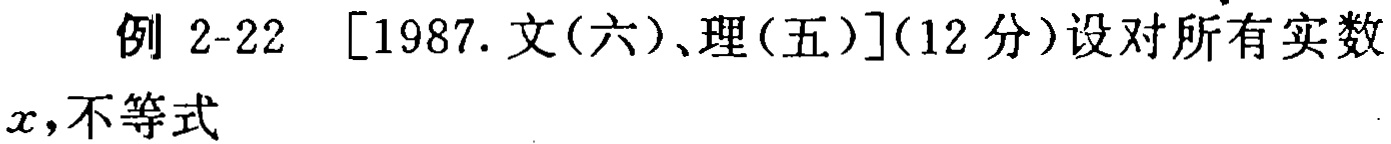
例 2-22 [1987.文(六)、理(五)](12 分)设对所有实数
$x$,不等式